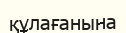
құлағанына